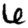
Digit: 6